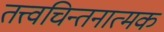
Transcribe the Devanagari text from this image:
तत्त्वचिन्तनात्मक